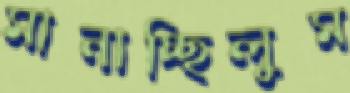
মানাচ্ছিলুম